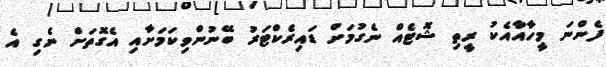
ފެންނަ މީހާއާއެކު ރީތި ޝޮޓެއް ނެގުމަށް ޑައިރެކްޓަރު ބޭނުންވިކަމަށާއި އެގޮތަށް ނެގި އެ